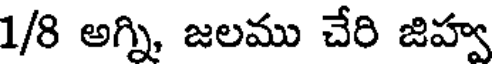
1/8 అగ్ని, జలము చేరి జిహ్వ